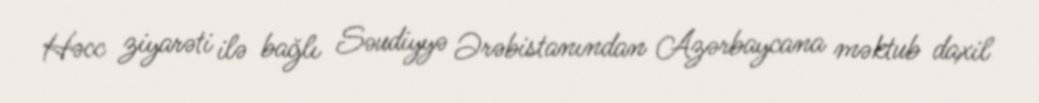
Həcc ziyarəti ilə bağlı Səudiyyə Ərəbistanından Azərbaycana məktub daxil